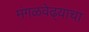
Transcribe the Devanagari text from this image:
मंगळवेढ्याचा